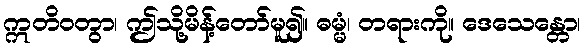
ဣတိဝတွာ၊ ဤသို့မိန့်တော်မူ၍။ ဓမ္မံ၊ တရားကို။ ဒေသေန္တော၊